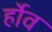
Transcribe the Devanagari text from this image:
र्होव